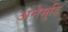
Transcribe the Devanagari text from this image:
अनेमुडि